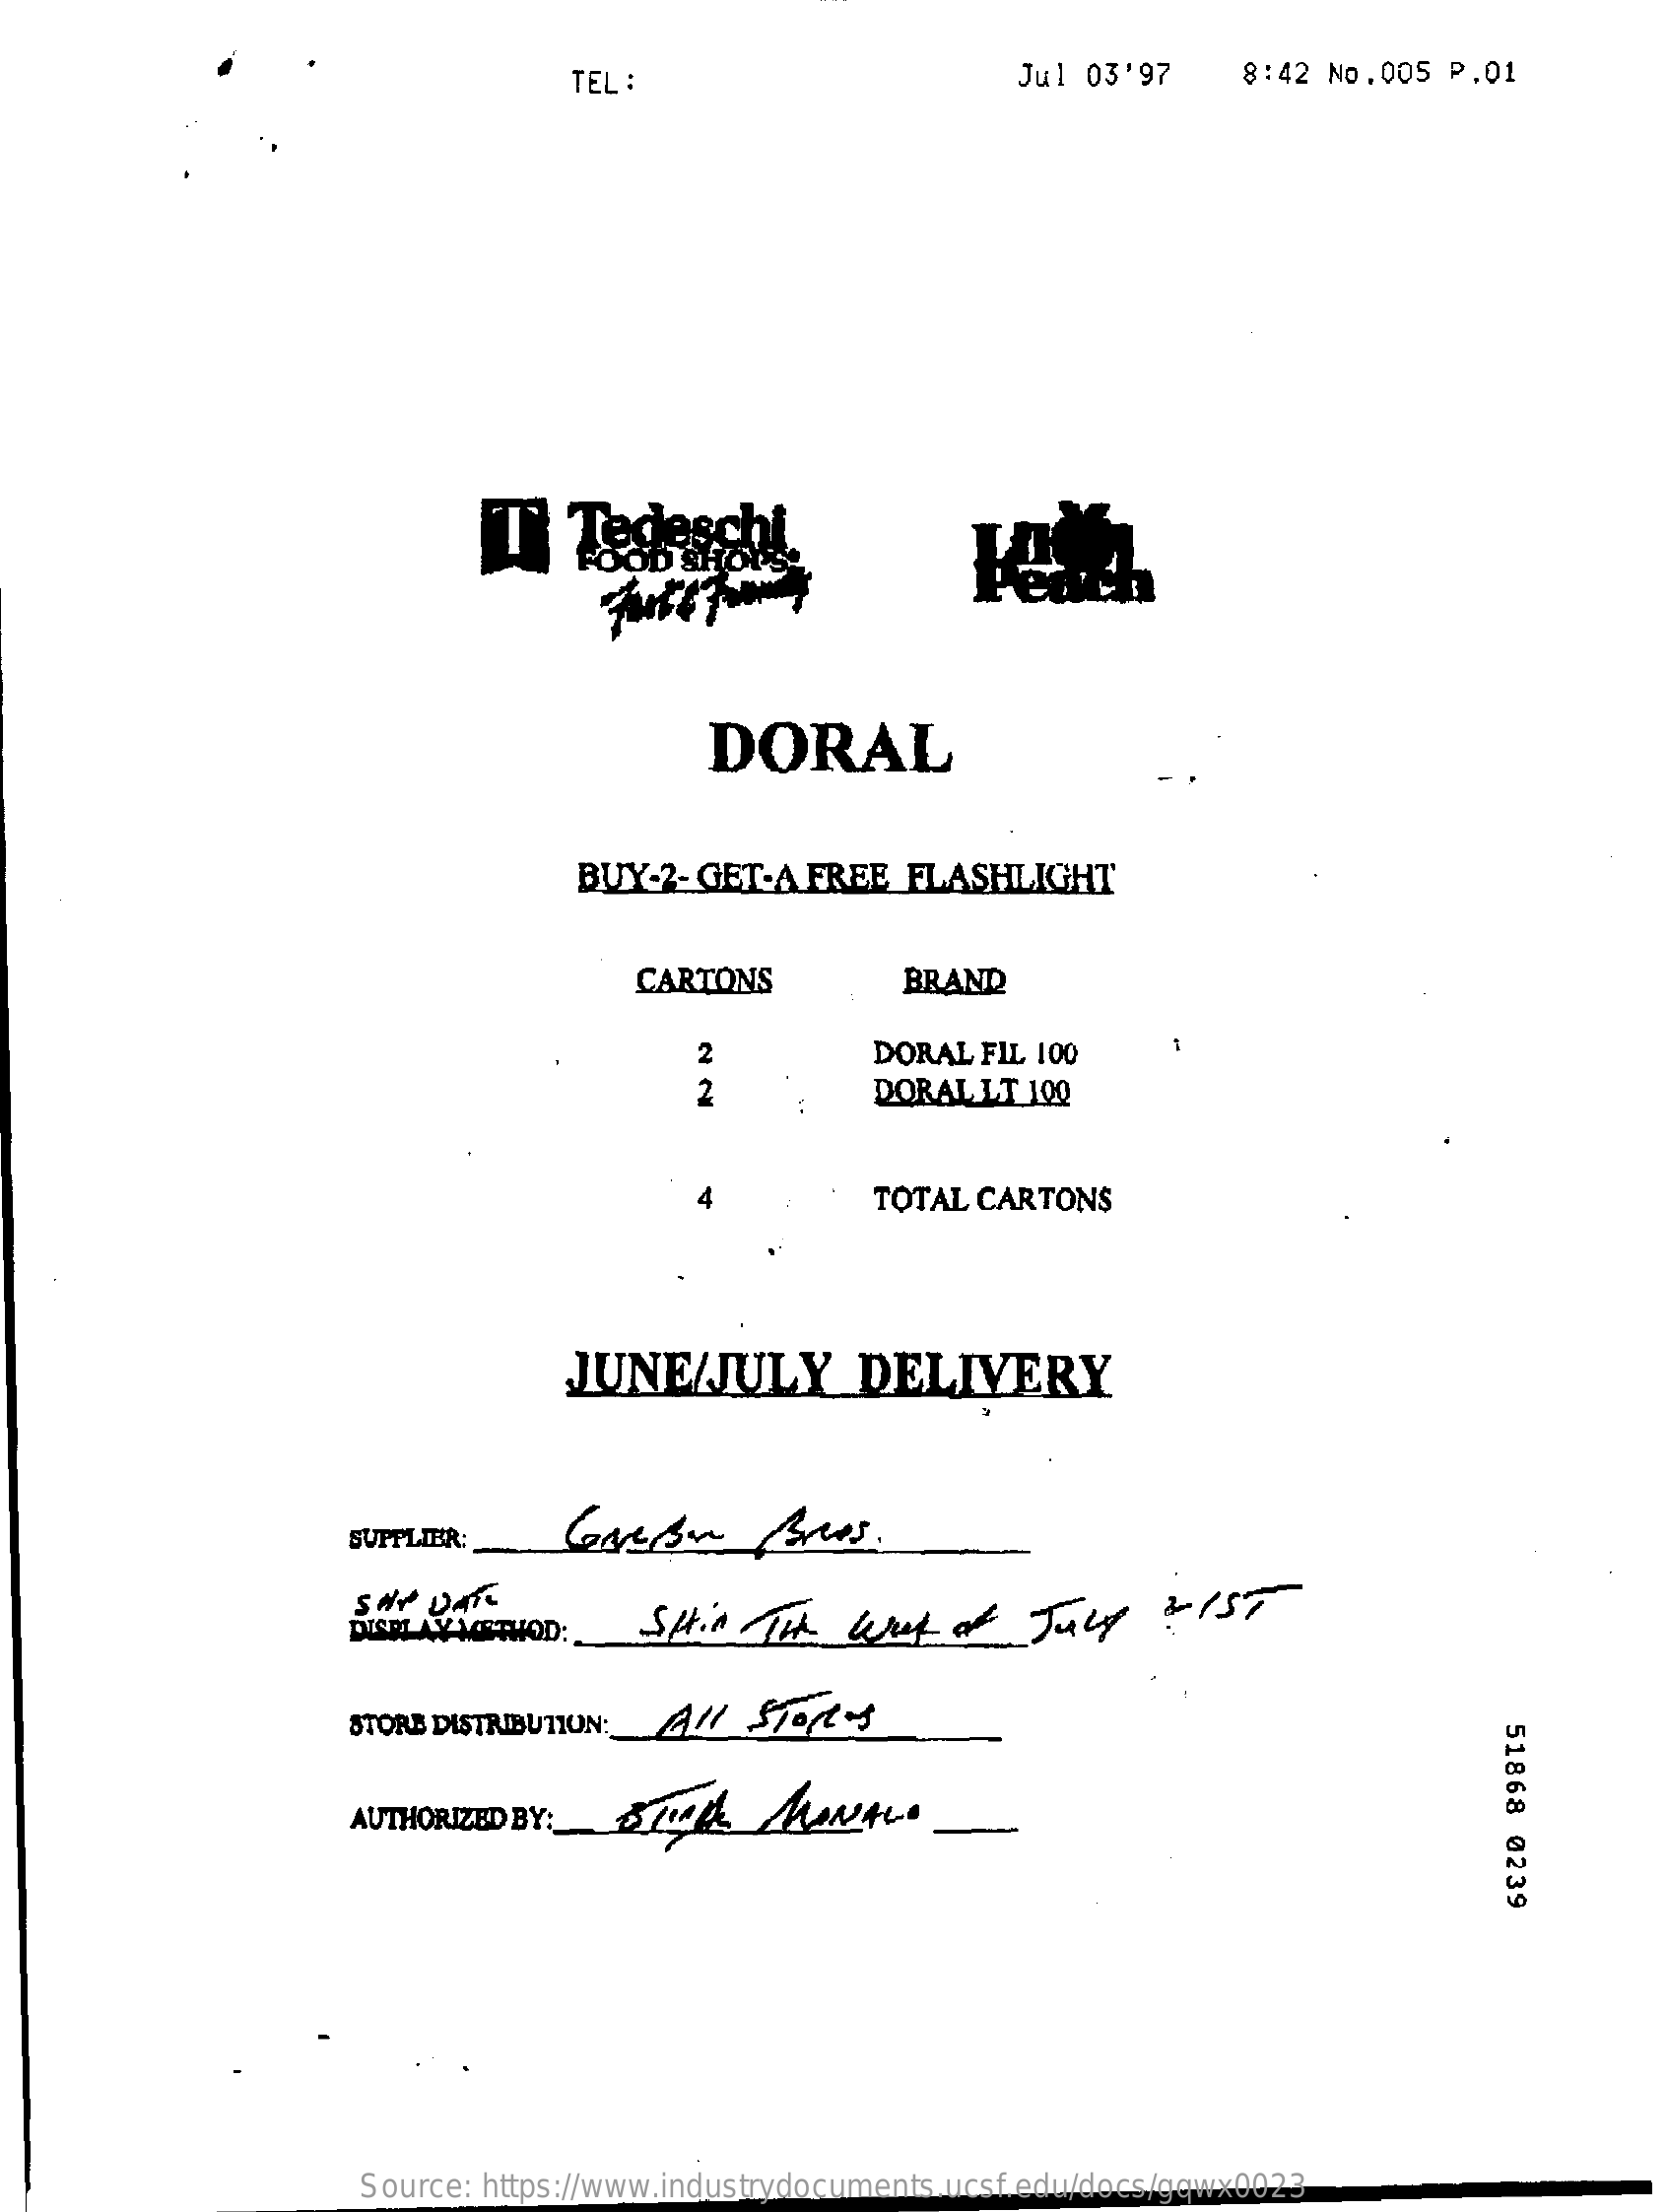
TEL :    Jul 03'97    8:42 No.005  P.01
     DORAL
     BUY-2- GET-A  FREE   FLASHLIGHT
     CARTONS    BRAND
     2    DORAL FIL 100
     2    DORALLT  100
     4    TOTAL CARTONS
     JUNE/JULY    DELIVERY
     SUPPLIER:
     LAVMETHOD:    Sitio fik    way   of   July    :  157-
     STORE DISTRIBUTION :_ All Sport-s
     51868
     0239
     AUTHORIZED BY:    SAL    MANA.
     Source: https://www.industrydocuments.ucsf.edu/docs/gqwx0023